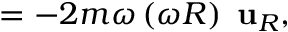
= - 2 m \omega \left( \omega R \right) \ \mathbf { u } _ { R } ,